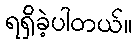
ရရှိခဲ့ပါတယ်။